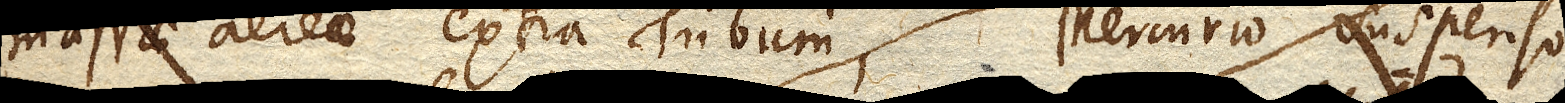
massae aereae extra Tubum, Mercurio suspenso